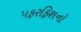
પફરફિશનો